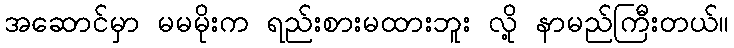
အဆောင်မှာ မမမိုးက ရည်းစားမထားဘူး လို့ နာမည်ကြီးတယ်။